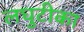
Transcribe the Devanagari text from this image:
लघुटीका